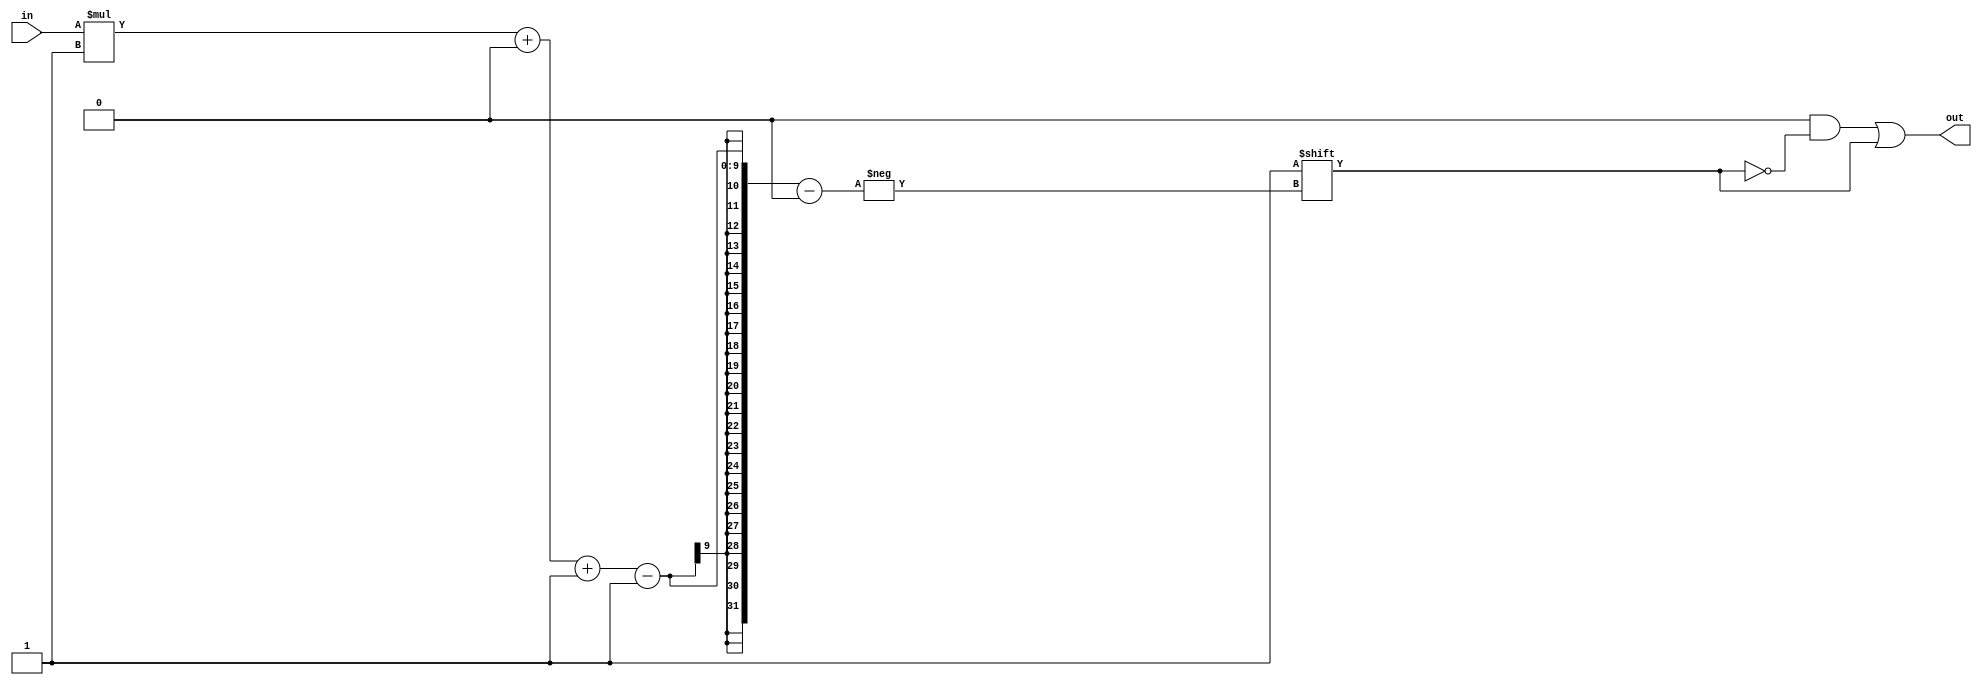
module decoder_21 (
    input [5:0] in,
    output reg [63:0] out
  );
  
  localparam WIDTH = 3'h6;
  
  
  always @* begin
    out = 1'h0;
    out[(in)*1+0-:1] = 1'h1;
  end
endmodule